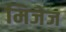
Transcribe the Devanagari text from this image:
मिजेज